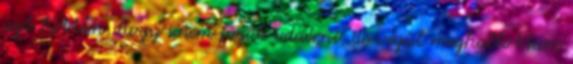
azt hittem, hogy sosem fogok odaérni, de végül meghallottam